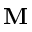
\mathbf { M }